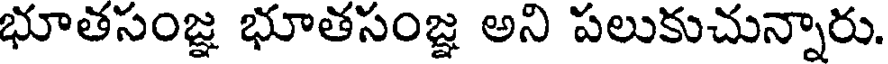
భూతసంజ్ఞ భూతసంజ్ఞ అని పలుకుచున్నారు.